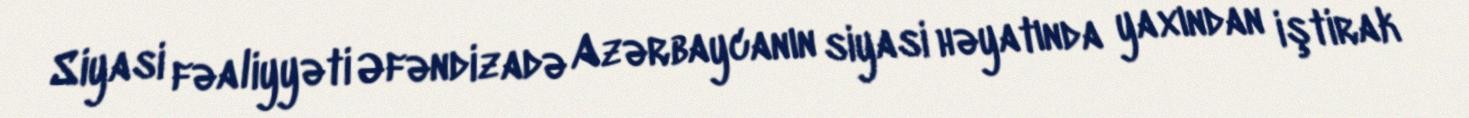
Siyasi fəaliyyəti Əfəndizadə Azərbaycanın siyasi həyatında yaxından iştirak